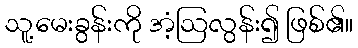
သူ့မေးခွန်းကို အံ့ဩလွန်း၍ ဖြစ်၏။